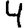
Digit: 4